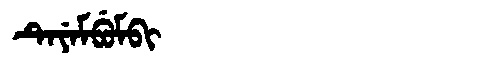
Manchu: ᡨᡝᠶᡝᠮᠪᡠᠮᠪᡳ
Romanization: TEYEMBUMBI